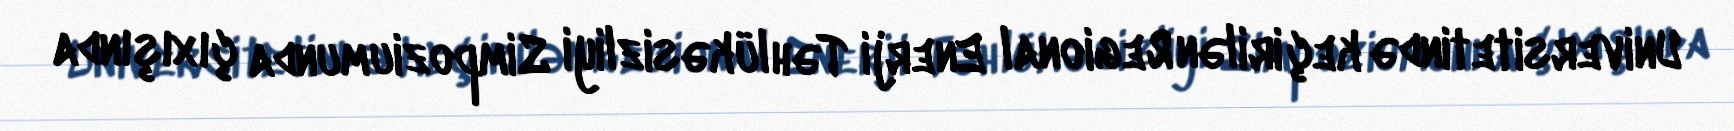
Universitetində keçirilən Regional Enerji Təhlükəsizliyi Simpoziumunda çıxışında